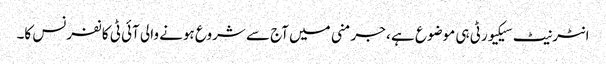
انٹرنیٹ سیکیورٹی ہی موضوع ہے ، جرمنی میں آج سے شروع ہونے والی آئی ٹی کانفرنس کا۔